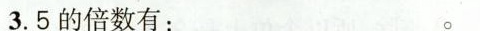
3.5的倍数有：_.